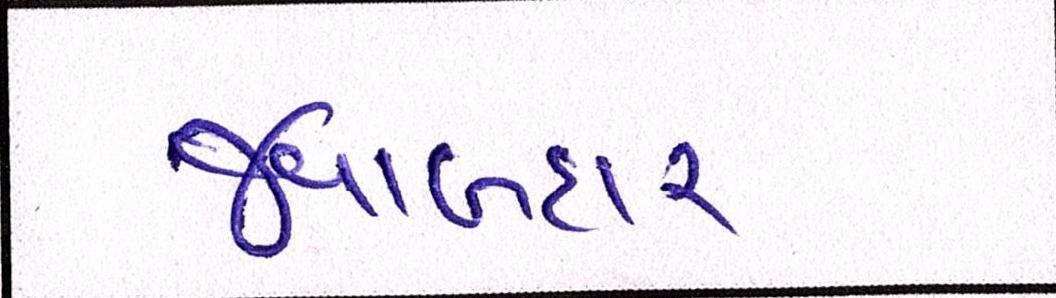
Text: જવાબદાર